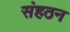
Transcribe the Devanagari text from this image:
संहठन